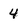
Character: 4